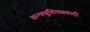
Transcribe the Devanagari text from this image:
कन्फ्युशियसवादी